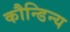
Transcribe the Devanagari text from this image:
कौन्डिन्य